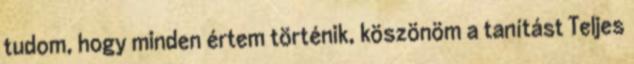
tudom, hogy minden értem történik, köszönöm a tanítást Teljes